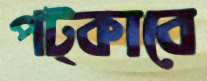
পট্‌কাবে